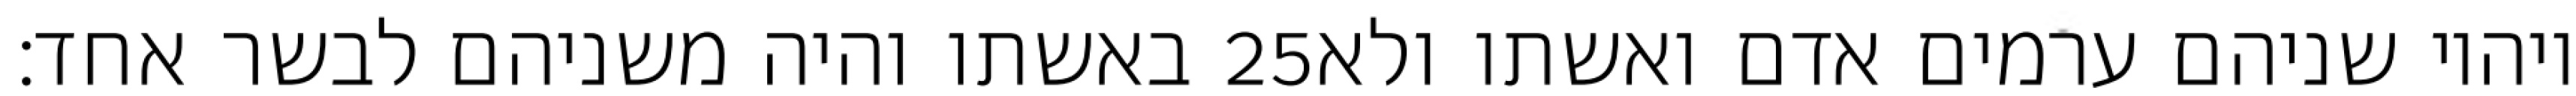
באשתו והיה משניהם לבשר אחד׃ ‎25‏ ויהיו שניהם ערמים אדם ואשתו ולא